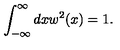
\int _ { - \infty } ^ { \infty } d x w ^ { 2 } ( x ) = 1 .